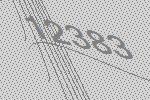
12383